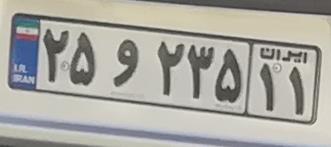
۲۵و۲۳۵۱۱